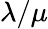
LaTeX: \lambda/\mu